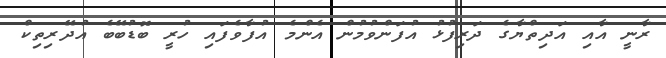
ރާނީ އާއި އަދިތްޔާގެ ދަރިފުޅު އުފަންވުމުން އެންމެ އުފާވެފައި ހުރީ ބޮޑުބޭބެ އުދޭރިތިކް